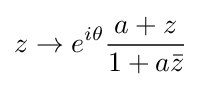
z\to {e^{i\theta }}{\frac {a+z}{1+a{\bar {z}}}}